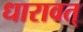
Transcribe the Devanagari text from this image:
धारावत्‌